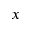
x